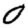
Digit: 0